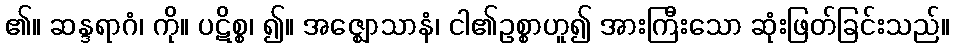
၏။ ဆန္ဒရာဂံ၊ ကို။ ပဋိစ္စ၊ ၍။ အဇ္ဈောသာနံ၊ ငါ၏ဥစ္စာဟူ၍ အားကြီးသော ဆုံးဖြတ်ခြင်းသည်။